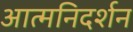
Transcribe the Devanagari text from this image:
आत्मनिदर्शन